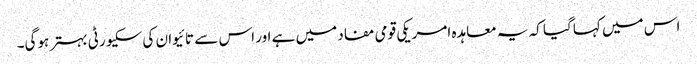
اس میں کہا گیا کہ یہ معاہدہ امریکی قومی مفاد میں ہے اور اس سے تائیوان کی سکیورٹی بہتر ہوگی۔